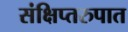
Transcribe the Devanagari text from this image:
संक्षिप्तरुपात